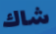
شاك